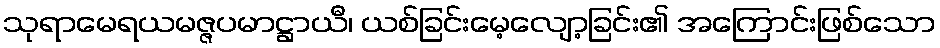
သုရာမေရယမဇ္ဇပမာဋ္ဌာယီ၊ ယစ်ခြင်းမေ့လျော့ခြင်း၏ အကြောင်းဖြစ်သော